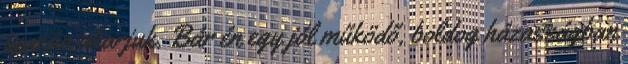
igazán akarjuk. Bár én egy jól működő, boldog házasságban